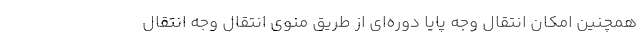
همچنین امکان انتقال وجه پایا دوره‌ای از طریق منوی انتقال وجه انتقال